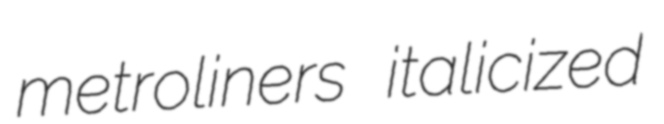
metroliners italicized